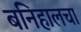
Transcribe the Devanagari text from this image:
बनिहालचा